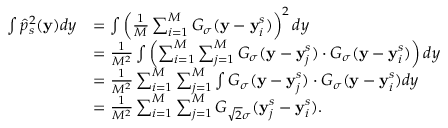
\begin{array} { r l } { \int \hat { p } _ { s } ^ { 2 } ( \mathbf { y } ) d y } & { = \int \left( \frac { 1 } { M } \sum _ { i = 1 } ^ { M } G _ { \sigma } ( \mathbf { y } - \mathbf { y } _ { i } ^ { s } ) \right) ^ { 2 } d y } \\ & { = \frac { 1 } { M ^ { 2 } } \int \left( \sum _ { i = 1 } ^ { M } \sum _ { j = 1 } ^ { M } G _ { \sigma } ( \mathbf { y } - \mathbf { y } _ { j } ^ { s } ) \cdot G _ { \sigma } ( \mathbf { y } - \mathbf { y } _ { i } ^ { s } ) \right) d y } \\ & { = \frac { 1 } { M ^ { 2 } } \sum _ { i = 1 } ^ { M } \sum _ { j = 1 } ^ { M } \int G _ { \sigma } ( \mathbf { y } - \mathbf { y } _ { j } ^ { s } ) \cdot G _ { \sigma } ( \mathbf { y } - \mathbf { y } _ { i } ^ { s } ) d y } \\ & { = \frac { 1 } { M ^ { 2 } } \sum _ { i = 1 } ^ { M } \sum _ { j = 1 } ^ { M } G _ { \sqrt { 2 } \sigma } ( \mathbf { y } _ { j } ^ { s } - \mathbf { y } _ { i } ^ { s } ) . } \end{array}